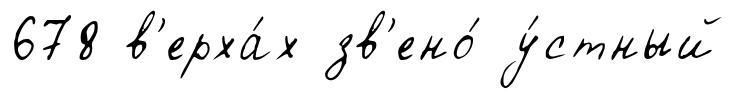
678 в'ерха́х зв'ено́ у́стный